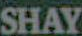
SHAY